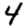
Digit: 4